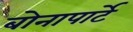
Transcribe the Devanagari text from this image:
बोनापार्टे